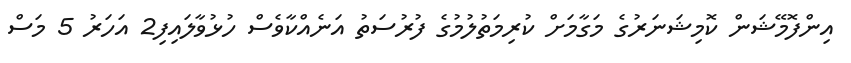
އިންފޮމޭޝަން ކޮމިޝަނަރުގެ މަގާމަށް ކުރިމަތުލުމުގެ ފުރުސަތު އަނެއްކާވެސް ހުޅުވާލައިފި2 އަހަރު 5 މަސް